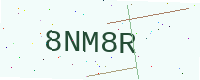
Text: 8NM8R